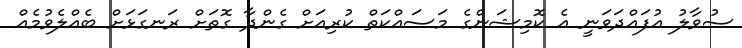
ސުވާލު އުފައްދަވަނީ އެ ކޮމިޝަންގެ މަސައްކަތް ކުރިއަށް ގެންދާ ގޮތަށް ރަނގަޅަށް ބެއްލެވުމެއް